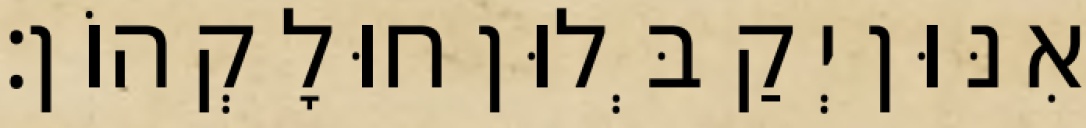
אִנּוּן יְקַבְּלוּן חוּלָקְהוֹן׃